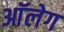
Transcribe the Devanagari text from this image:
आॅलेग